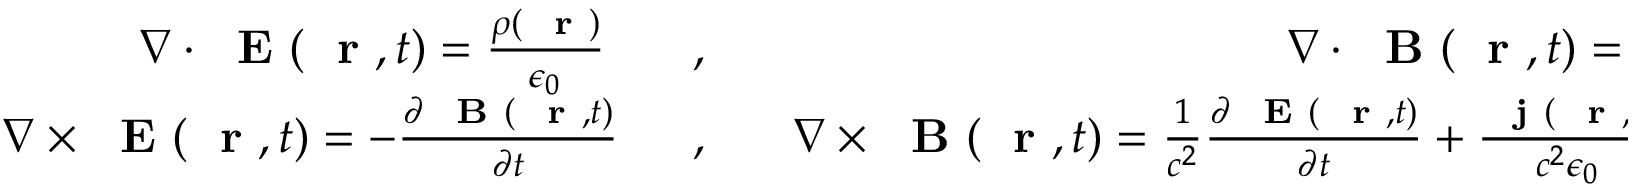
\begin{array} { r l r } { \nabla \cdot \mathrm { ~ \bf ~ E ~ } ( \mathrm { ~ \bf ~ r ~ } , t ) = \frac { \rho ( \mathrm { ~ \bf ~ r ~ } ) } { \epsilon _ { 0 } } \; \; \; } & { { } , } & { \; \; \; \nabla \cdot \mathrm { ~ \bf ~ B ~ } ( \mathrm { ~ \bf ~ r ~ } , t ) = 0 } \\ { \nabla \times \mathrm { ~ \bf ~ E ~ } ( \mathrm { ~ \bf ~ r ~ } , t ) = - \frac { \partial \mathrm { ~ \bf ~ B ~ } ( \mathrm { ~ \bf ~ r ~ } , t ) } { \partial t } \; \; } & { { } , } & { \; \; \; \nabla \times \mathrm { ~ \bf ~ B ~ } ( \mathrm { ~ \bf ~ r ~ } , t ) = \frac { 1 } { c ^ { 2 } } \frac { \partial \mathrm { ~ \bf ~ E ~ } ( \mathrm { ~ \bf ~ r ~ } , t ) } { \partial t } + \frac { \mathrm { ~ \bf ~ j ~ } ( \mathrm { ~ \bf ~ r ~ } , t ) } { c ^ { 2 } \epsilon _ { 0 } } } \end{array}